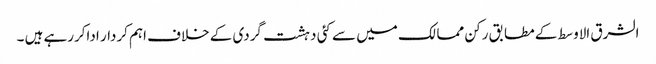
الشرق الاوسط کے مطابق رکن ممالک میں سے کئی دہشت گردی کے خلاف اہم کردار اداکررہے ہیں ۔